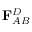
{ \bf F } _ { A B } ^ { D }